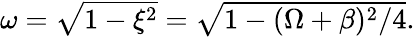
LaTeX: \begin{array}{r}{\omega=\sqrt{1-\xi^{2}}=\sqrt{1-(\Omega+\beta)^{2}/4}.}\end{array}